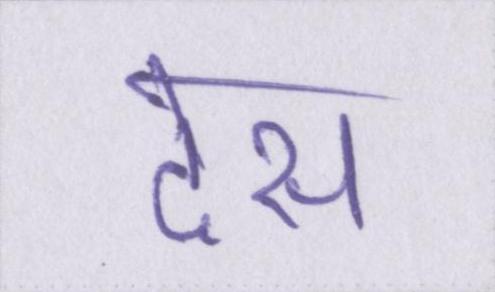
देस